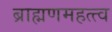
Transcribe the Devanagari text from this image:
ब्राह्मणमहत्त्व